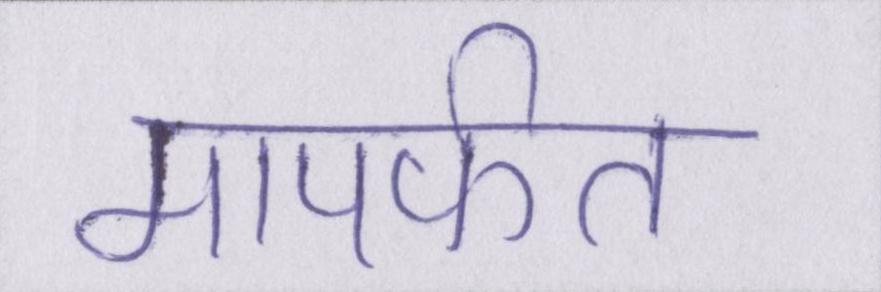
मापर्फत